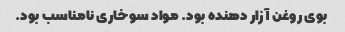
بوی روغن آزار دهنده بود. مواد سوخاری نامناسب بود.